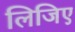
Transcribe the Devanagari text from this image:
लिजिए